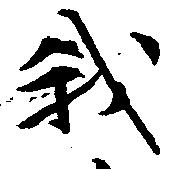
我